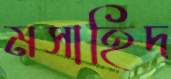
মসাহিদ